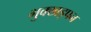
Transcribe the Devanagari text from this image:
भुक्खड़पन